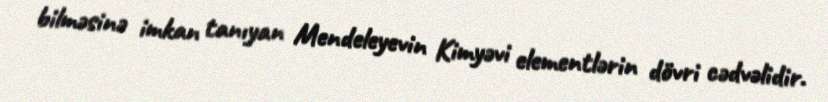
bilməsinə imkan tanıyan Mendeleyevin Kimyəvi elementlərin dövri cədvəlidir.